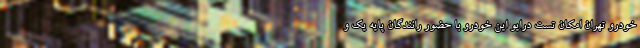
خودرو تهران امکان تست درایو این خودرو با حضور رانندگان پایه یک و